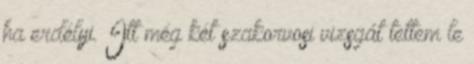
ha erdélyi. Itt még két szakorvosi vizsgát tettem le